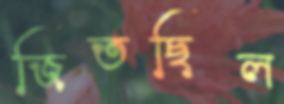
জিতছিল